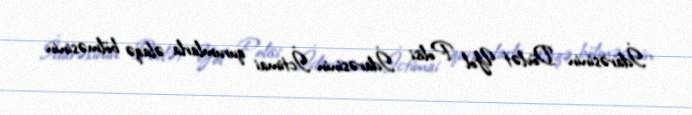
İdarəsinin Dövlət Yol Polisi İdarəsinin İctimai qurumlarla əlaqə bölməsinin